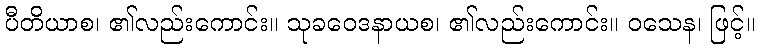
ပီတိယာစ၊ ၏လည်းကောင်း။ သုခဝေဒနာယစ၊ ၏လည်းကောင်း။ ဝသေန၊ ဖြင့်။